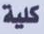
كلية